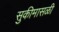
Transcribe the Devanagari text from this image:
सुकीमासळी